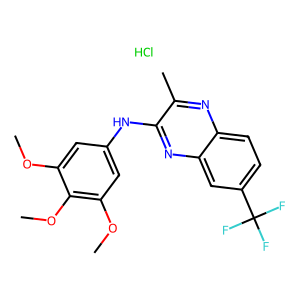
SMILES: COc1cc(Nc2nc3cc(C(F)(F)F)ccc3nc2C)cc(OC)c1OC.Cl
Inhibits HIV replication: No